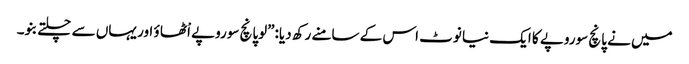
میں نے پانچ سوروپے کا ایک نیا نوٹ اس کے سامنے رکھ دیا:”لوپانچ سوروپے اْٹھا ؤ اور یہاں سے چلتے بنو۔